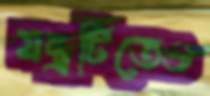
যন্ত্রটিতেও